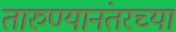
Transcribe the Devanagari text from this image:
तारुण्यानंतरच्या